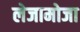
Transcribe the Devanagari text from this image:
लेजामोजा